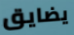
يضايق